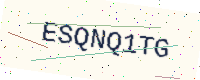
Text: ESQNQ1TG